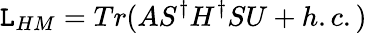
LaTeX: {\cal\mathtt{L}}_{HM}=Tr(AS^{\dagger}H^{\dagger}SU+h.c.)